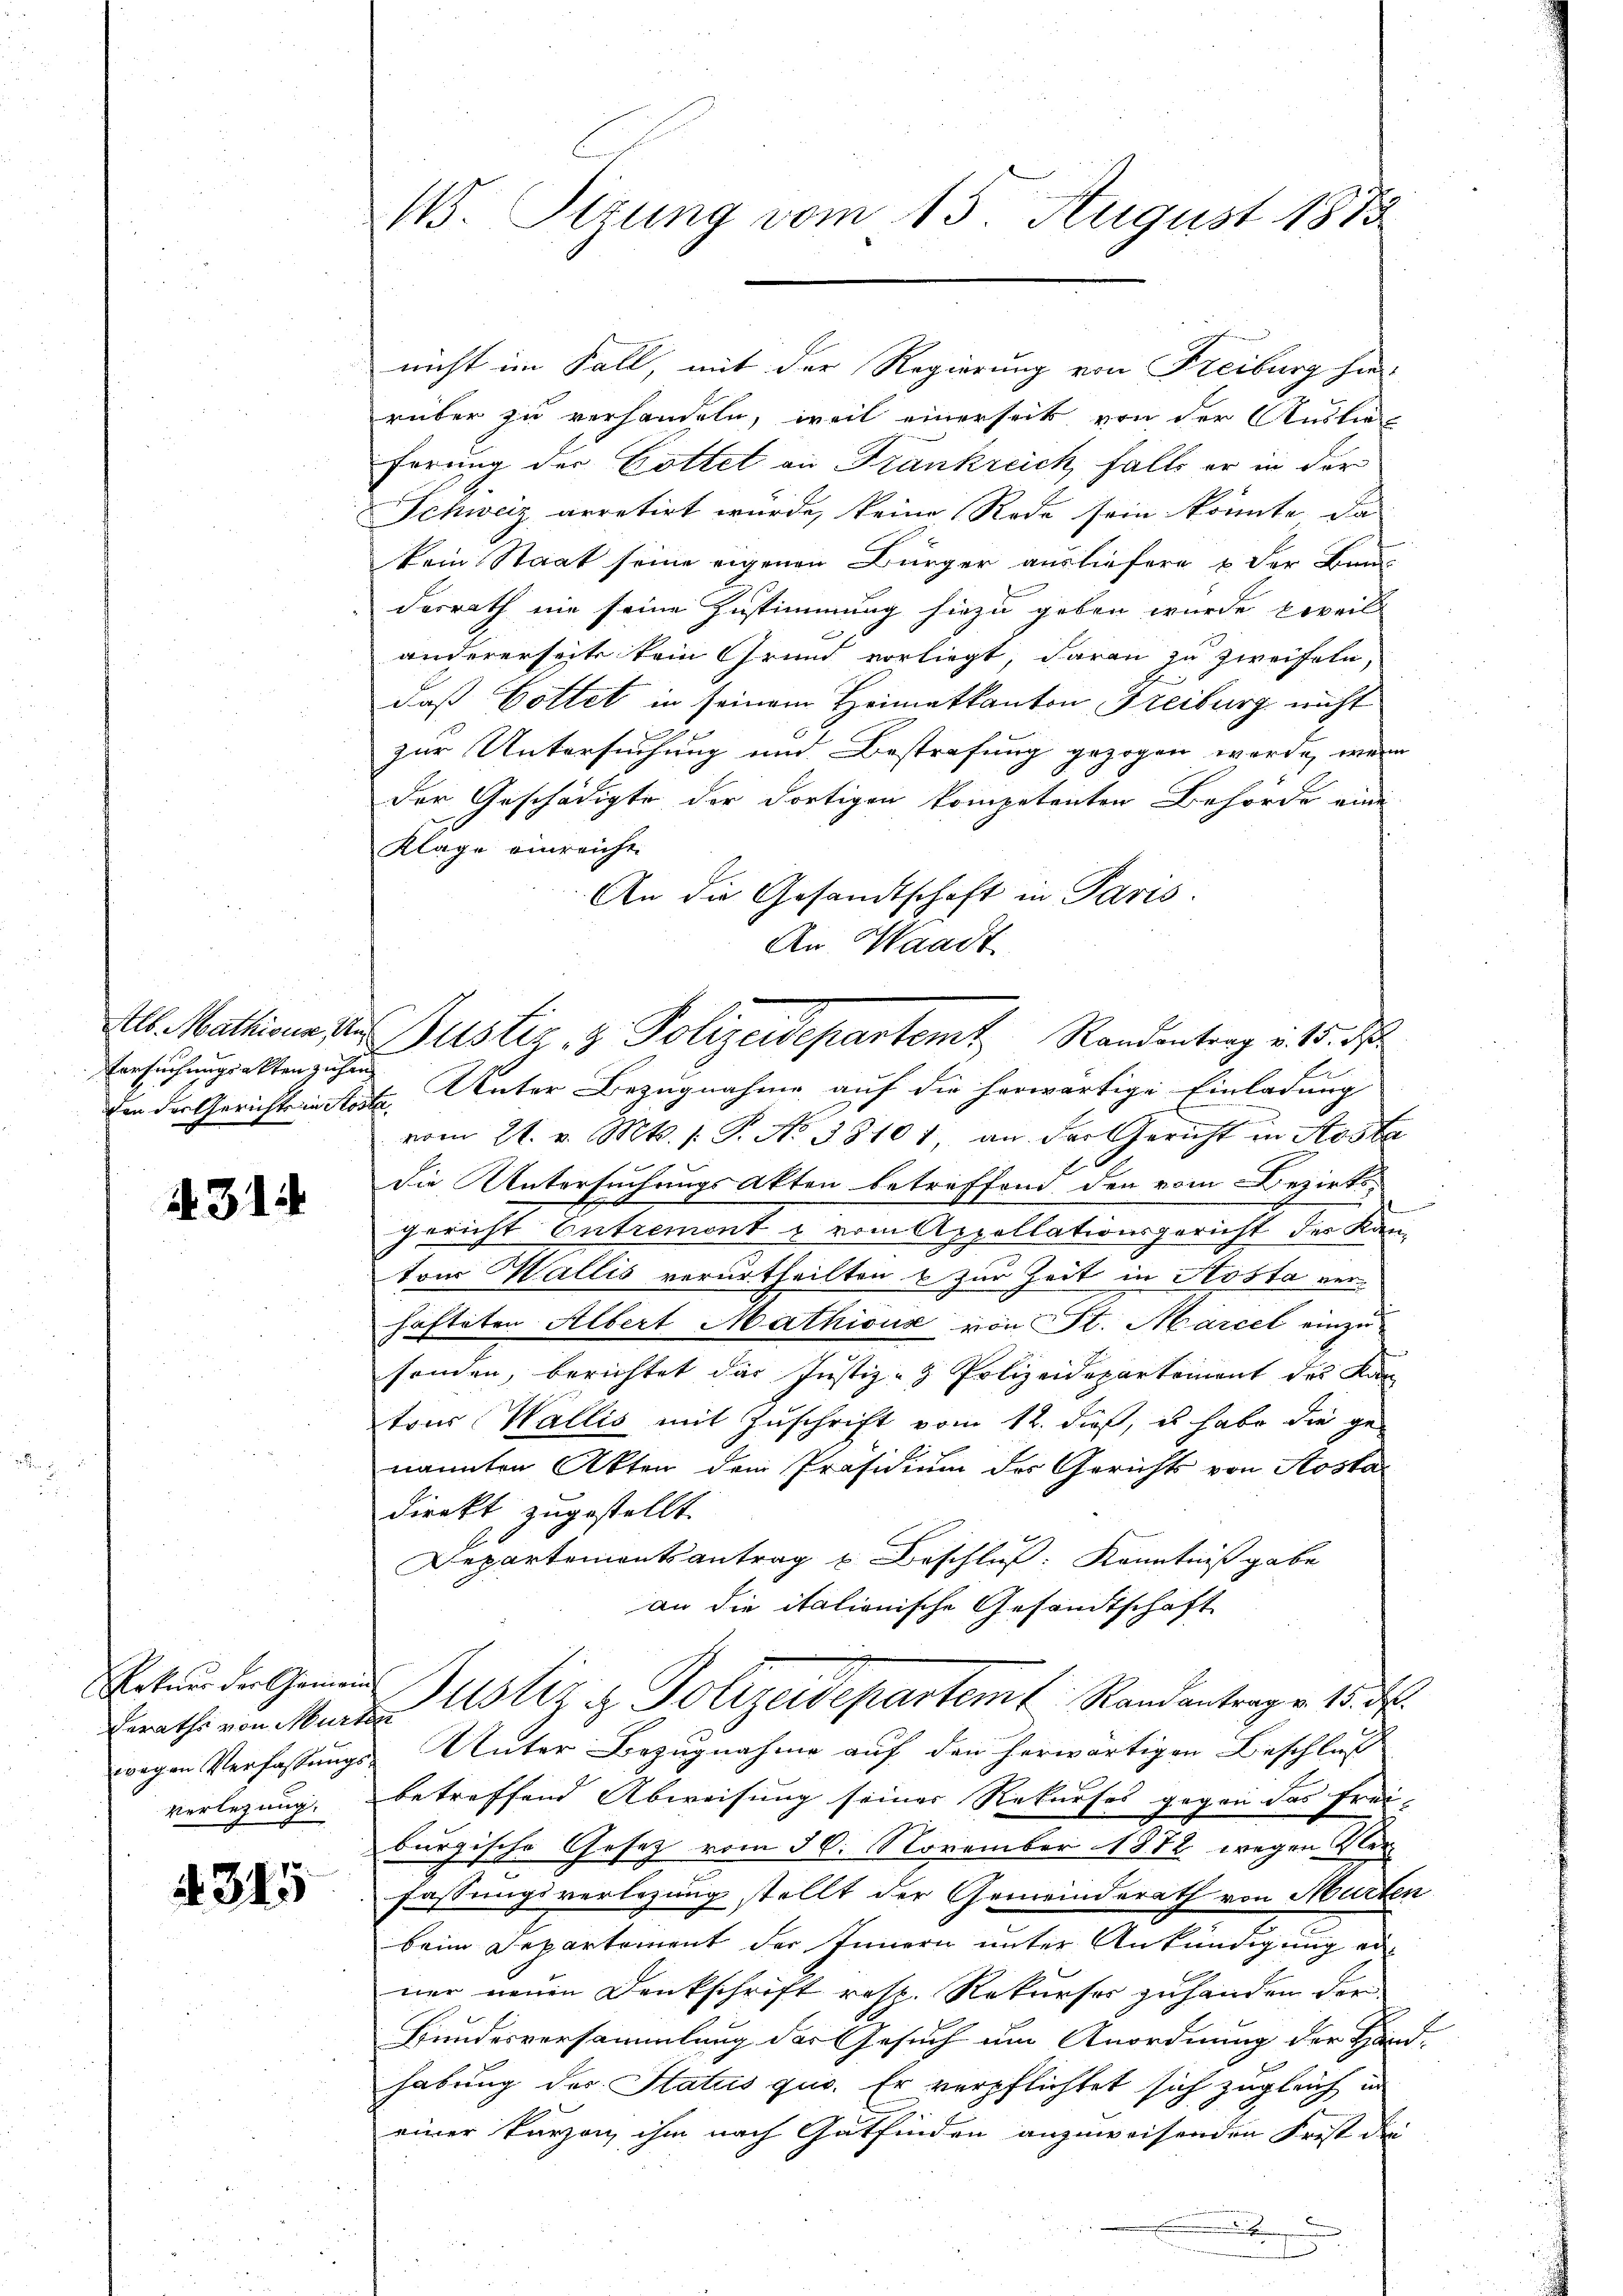
Alb. Mathiene Un
Versuchungsakten zuhan¬

.314

Beraths von Murten

4345

15. Sitzung vom 15. August 1883

rüber zu verhandeln, weil einerseit von der Auslie
ferung der Gottet an Frankreich, falls er in der
Schweiz, arretirt wurde, keine Rede sein könnte, da
kein Staat seine eigenen Bürger ausliefern & der Band
desrath nie seine Zustimmung hiezu geben wurde weil
andererseits kein Grund vorliegt, daran zu zweifeln,
daß Gottet in seinem Heimatkanton Freiburg nicht
zur Untersuchung und Bestrafung gezogen werde, wenn
der Geschädigte der dortigen kompetenten Behörde eine
Klage einreicht.
An die Gesandtschaft in Paris.
An Waadt
den der Gerichtsausste Unter Bezugnahme auf die herwärtige Einladung
vom 21. v. Mts. s. P. No 38101, an der Gericht in Stosta
die Untersuchungsakten betreffend den vom Bezirks-
gericht Entremont & vom Appellationsgericht des Kanton Wallis verurtheilten & zur Zeit in Kosta verhafteten Albert Mathions von St. Marcel einzu
sonden, berichtet das Justiz- & Polizeidepartement des Kan-
tons Wallis mit Zuschrift vom 12. dieß, es habe die ge-
nannten Akten dem Präsidium des Gerichts von Kosta
direkt zugestellt.
Departementsantrag u Beschluß: Kenntniß gabe
an die italionische Gesandtschaft
Natŭr der Gener Justiz & Polizeidepartem Randantrag v. 15. d.
wegen Verfassungs Unter Bezugnahme auf den herwärtigen Beschluß
verlegung, betreffend Abweisung seiner Rekurses gegen das Frei-
burgische Gesetz vom 30. November 1872 wegen Verfassungsverlegung stellt der Gemeinderath von Murten
beim Departement der Innern unter Ankündigung erner neuen Denkschrift resp. Rekurses zuhanden der
Bundesversammlung der Gesuch um Anordnung der Hand-
habung des Status quo. Er verpflichtet sich zugleich in
einer kurzen ihm nach Gutfinden anzuweisenden Frest die
.

nicht im Fall, mit der Regierung von Freiburg hie-

Justiz & Polizeidepartemt Standentrag v. M. D.